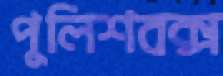
পুলিশবক্স